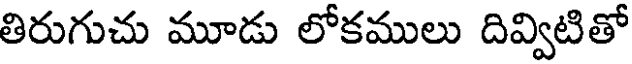
తిరుగుచు మూడు లోకములు దివ్విటితో